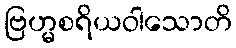
ဗြဟ္မစရိယဝါသောတိ